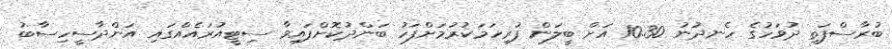
ބުރާސްފަތި ދުވަހުގެ ހެނދުނު 10.30 އަށް ބީލަން ފުރިހަމަކުރުމަށްފަހު ބަންދުކޮށްފައިވާ ސިޓީއުރައެއްގައި އަންދާސީހިސާބު